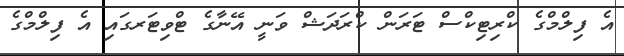
އެ ފިލްމްގެ ކްރިޓިކްސް ޓަރަން ކްރަދަޝް ވަނީ އޭނާގެ ޓްވިޓަރގައި އެ ފިލްމްގެ